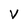
Character: V